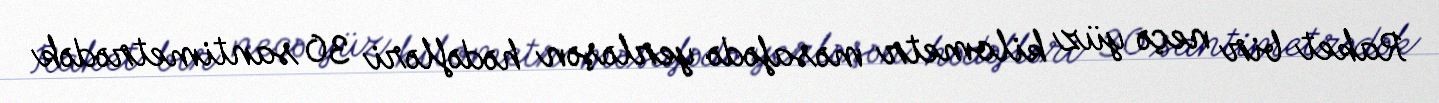
Raket bir neçə yüz kilometr məsafədə yerləşən hədəfləri 30 santimetrədək